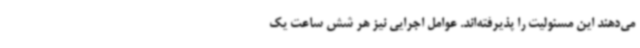
می‌دهند این مسئولیت را پذیرفته‌اند. عوامل اجرایی نیز هر شش ساعت یک